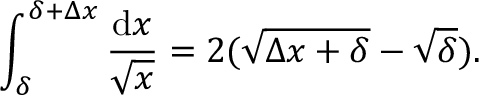
\int _ { \delta } ^ { \delta + \Delta x } \frac { \mathrm { d } x } { \sqrt { x } } = 2 ( \sqrt { \Delta x + \delta } - \sqrt { \delta } ) .